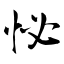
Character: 怭